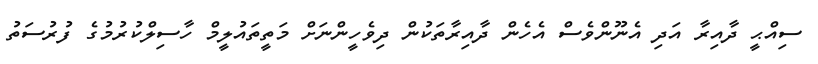
ސިއްޙީ ދާއިރާ އަދި އެނޫންވެސް އެހެން ދާއިރާތަކުން ދިވެހީންނަށް މަތީތައުލީމް ހާސިލްކުރުމުގެ ފުރުސަތު